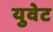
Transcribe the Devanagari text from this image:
युवेट